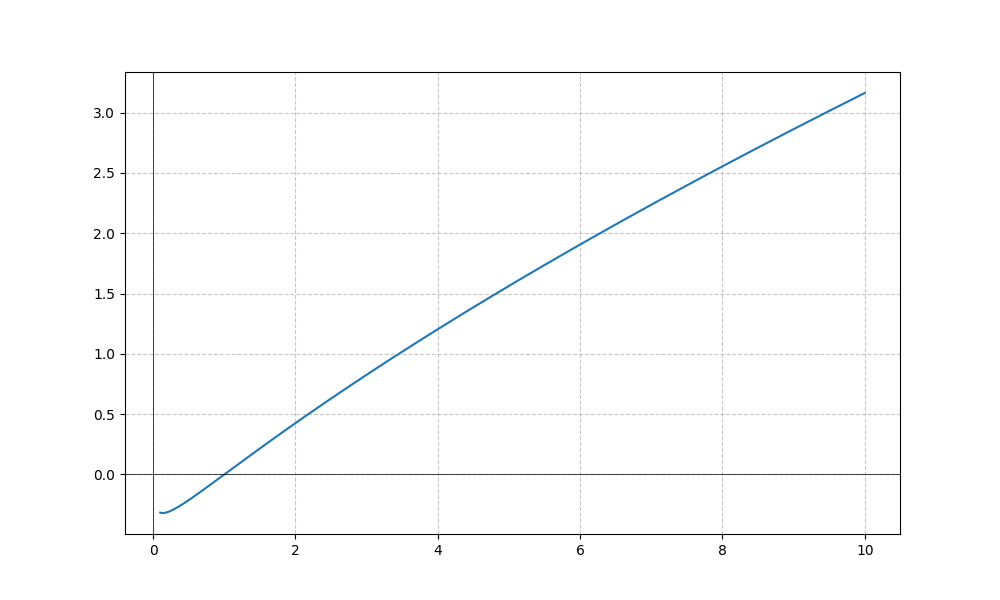
LaTeX formula: \frac{\sqrt{x} \log{\left(x \right)}}{\log{\left(10 \right)}}